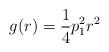
LaTeX: \begin{align*}g(r)=\frac{1}{4}p_1^2r^2\end{align*}